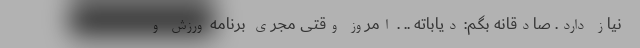
نیاز دارد. صادقانه بگم: دیاباته .. . امروز وقتی مجری برنامه ورزش و